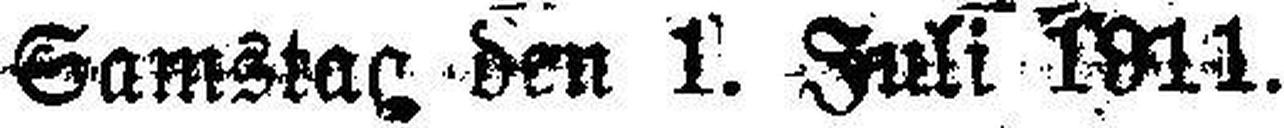
Samstag den 1. Juli 1911.